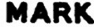
MARK